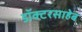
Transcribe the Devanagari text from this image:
डॉक्टरसाहेब